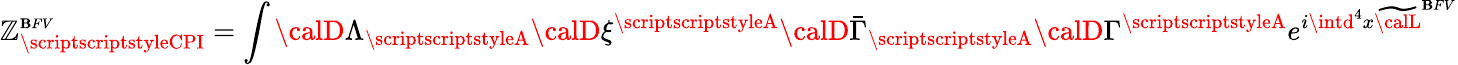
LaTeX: \displaystyle\mathbb{Z}_{\scriptscriptstyleCPI}^{\scriptscriptstyle\mathbf{B}FV}=\int{\calD}\Lambda_{\scriptscriptstyleA}{\calD}\xi^{\scriptscriptstyleA}{\calD}\bar{{\Gamma}}_{\scriptscriptstyleA}{\calD}\Gamma^{\scriptscriptstyleA}e^{i\intd^{4}x\widetilde{{\calL}}^{\scriptscriptstyle\mathbf{B}FV}}